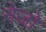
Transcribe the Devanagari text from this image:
नेजों